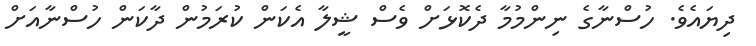
ދިޔައެވެ. ހުސްނާގެ ނިންމުމާ ދެކޮޅަށް ވެސް ޝީލާ އެކަން ކުރަމުން ދާކަން ހުސްނާއަށް